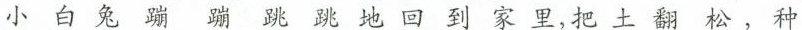
小白兔蹦蹦跳跳地回到家里，把土翻松，种